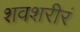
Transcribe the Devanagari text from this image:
शवशरीरं